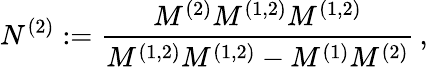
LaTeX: N^{(2)}:=\frac{M^{(2)}M^{(1,2)}M^{(1,2)}}{M^{(1,2)}M^{(1,2)}-M^{(1)}M^{(2)}}\, ,